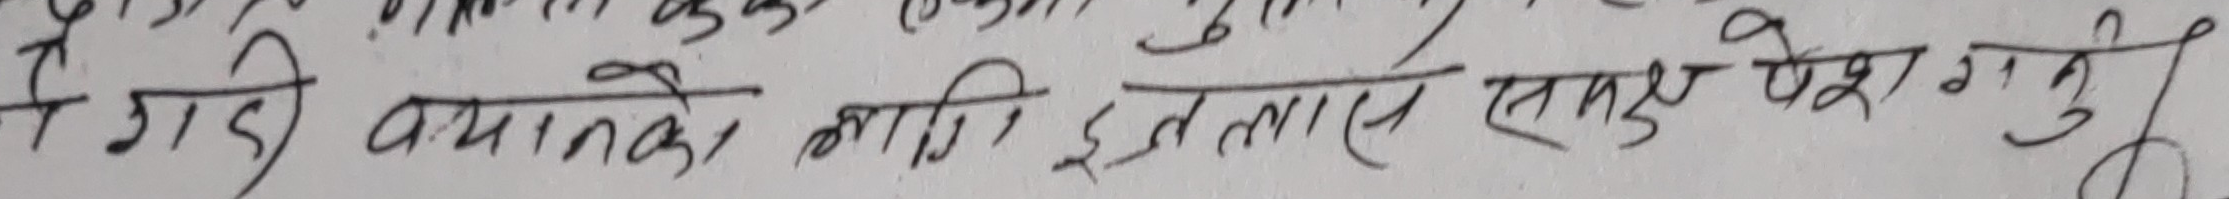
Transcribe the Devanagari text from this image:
ने गई बयानको लागि इन्तास समक्ष पेश गर्नु